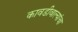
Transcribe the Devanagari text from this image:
कावडीवाल्यांचा